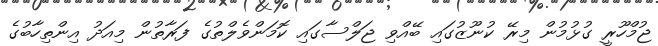
ޖުމްހޫރީ ގުޅުމުން މިރޭ ކުނޫޒުގައި ބޭއްވި ޖަލްސާގައި ކޮމަންވެލްތުގެ ފަރާތުން މިއަދު އިންތިހާބުގެ